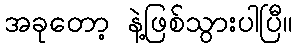
အခုတော့ နဲ့ဖြစ်သွားပါပြီ။